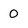
Character: 0